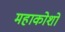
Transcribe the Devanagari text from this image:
महाकोशो